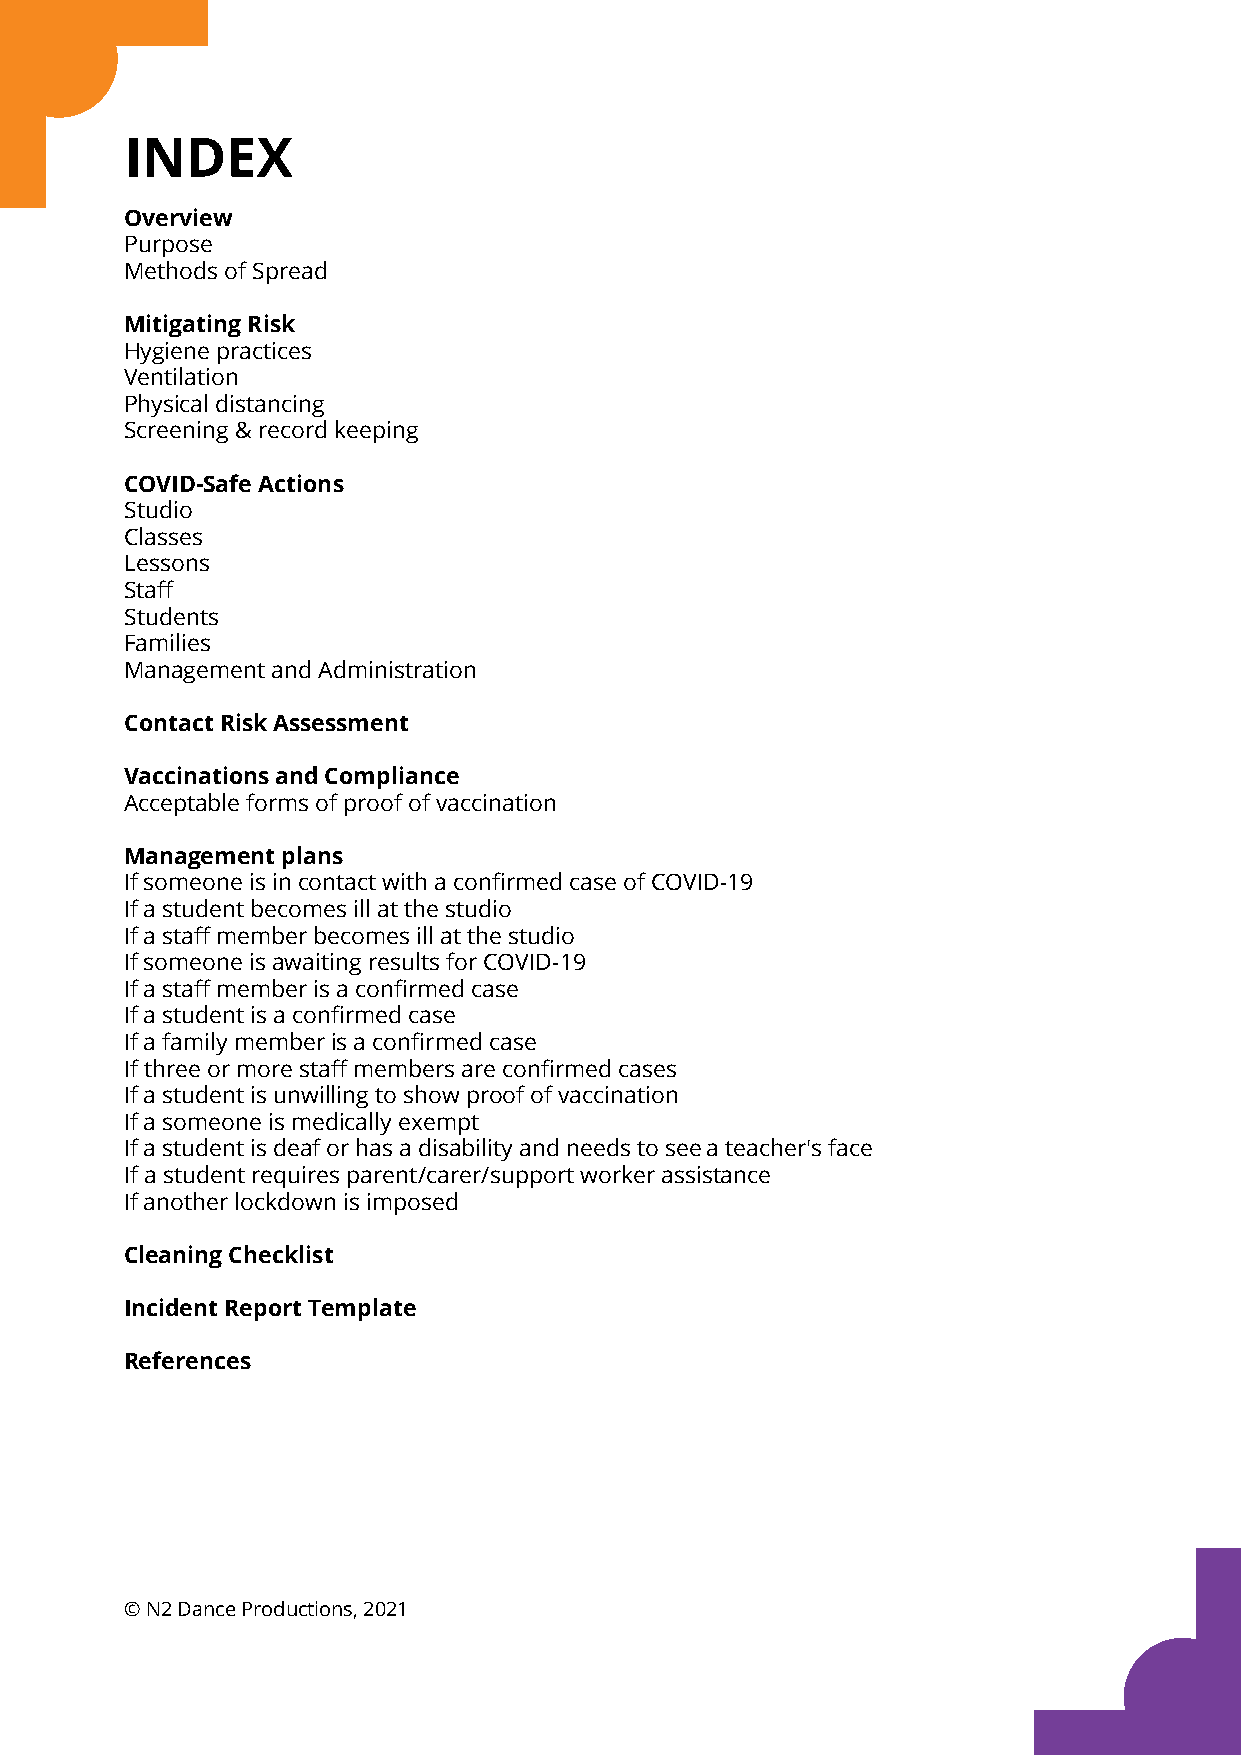
INDEX
 Overview
 Purpose
 Methods of Spread
 Mitigating Risk
 Hygiene practices
 Ventilation
 Physical distancing
 Screening & record keeping
 COVID-Safe Actions
 Studio
 Classes
 Lessons
 Staff
 Students
 Families
 Management and Administration
 Contact Risk Assessment
 Vaccinations and Compliance
 Acceptable forms of proof of vaccination
 Management plans
 If someone is in contact with a confirmed case of COVID-19
 If a student becomes ill at the studio
 If a staff member becomes ill at the studio
 If someone is awaiting results for COVID-19
 If a staff member is a confirmed case
 If a student is a confirmed case
 If a family member is a confirmed case
 If three or more staff members are confirmed cases
 If a student is unwilling to show proof of vaccination
 If a someone is medically exempt
 If a student is deaf or has a disability and needs to see a teacher's face
 If a student requires parent/carer/support worker assistance
 If another lockdown is imposed
 Cleaning Checklist
 Incident Report Template
 References
 © N2 Dance Productions, 2021